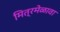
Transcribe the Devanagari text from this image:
मित्रमेळावा